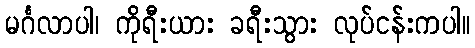
မင်္ဂလာပါ၊ ကိုရီးယား ခရီးသွား လုပ်ငန်းကပါ။